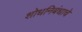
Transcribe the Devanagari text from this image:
शोधनिबंधाचे